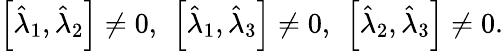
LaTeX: \begin{array}{r}{\left[\hat{\lambda}_{1},\hat{\lambda}_{2}\right]\neq 0,\ \left[\hat{\lambda}_{1},\hat{\lambda}_{3}\right]\neq 0,\ \left[\hat{\lambda}_{2},\hat{\lambda}_{3}\right]\neq 0.}\end{array}